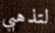
لتذهبي